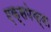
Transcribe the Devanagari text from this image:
एक्सपेक्षा